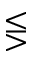
\lesseqgtr